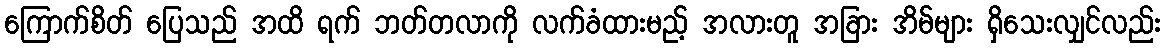
ကြောက်စိတ် ပြေသည် အထိ ရက် ဘတ်တလာကို လက်ခံထားမည့် အလားတူ အခြား အိမ်များ ရှိသေးလျှင်လည်း